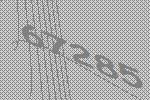
67285